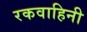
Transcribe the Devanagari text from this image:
रकवाहिनी